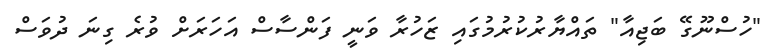
"ހުސްނޫގޭ ބަޖިއާ" ތައްޔާރުކުރުމުގައި ޒަހުރާ ވަނީ ފަންސާސް އަހަރަށް ވުރެ ގިނަ ދުވަސް